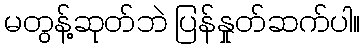
မတွန့်ဆုတ်ဘဲ ပြန်နှုတ်ဆက်ပါ။